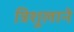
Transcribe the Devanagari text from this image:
त्रिशूलाने